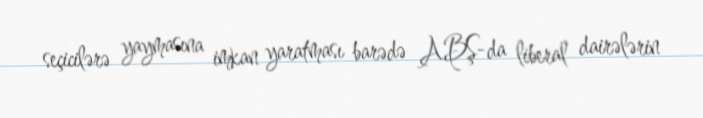
seçicilərə yaymasına imkan yaratması barədə ABŞ-da liberal dairələrin